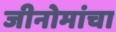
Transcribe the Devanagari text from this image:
जीनोमांचा